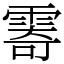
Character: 𩃤